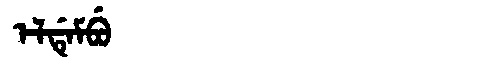
Manchu: ᡝᠯᡩᡝᠮᠪᡠ
Romanization: ELDEMBU